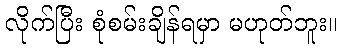
လိုက်ပြီး စုံစမ်းချိန်ရမှာ မဟုတ်ဘူး။